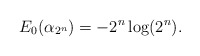
\begin{align*}E_{0}(\alpha_{2^{n}})=-2^{n}\log(2^{n}).\end{align*}